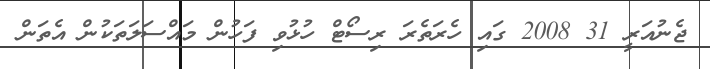
ޖެނުއަރީ 31 2008 ގައި ހެރަތެރަ ރިސޯޓް ހުޅުވި ފަހުން މައްސަލަތަކުން އެތަން